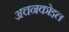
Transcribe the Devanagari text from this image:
अचनकोइल